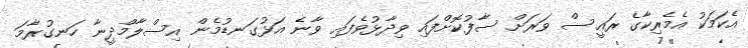
އެކަމަކު އެމެރިކާގެ ރައީސް ވަރަށް ސާފުކޮށްފައި ވިދާޅުވެފައި ވާނެ އަޅުގަނޑުމެން އިސްލާމްދީނާ ހަނގުރާމަ